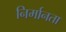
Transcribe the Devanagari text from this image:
निर्मानता